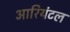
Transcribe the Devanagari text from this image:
आरियंटल